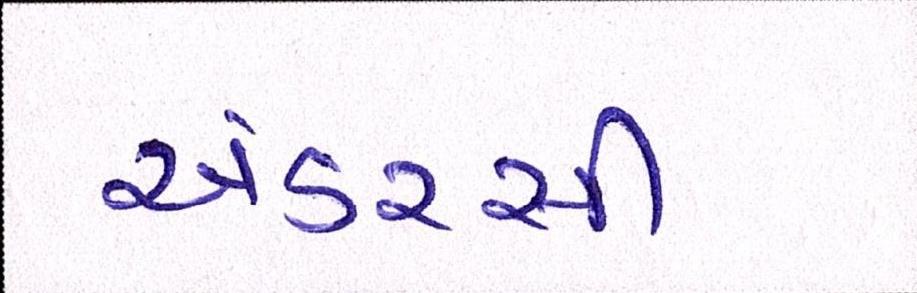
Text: અંડરસી